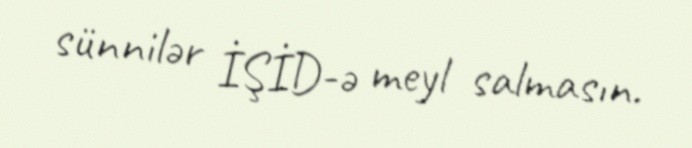
sünnilər İŞİD-ə meyl salmasın.